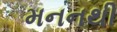
મનનથી